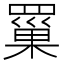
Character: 罺